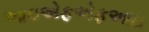
આઇએફએફઆઇ